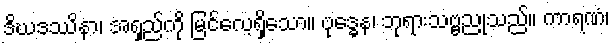
ဒိဃဒဿိနာ၊ အရှည်ကို မြင်လေ့ရှိသော။ ဗုဒ္ဓေန၊ ဘုရားသဗ္ဗညုသည်။ ကာရဏံ၊